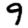
Digit: 9